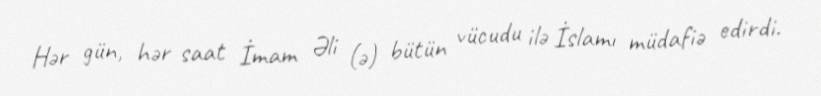
Hər gün, hər saat İmam Əli (ə) bütün vücudu ilə İslamı müdafiə edirdi.